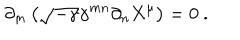
\partial _ { m } \left( \sqrt { - \gamma } \gamma ^ { m n } \partial _ { n } X ^ { \mu } \right) = 0 \ .